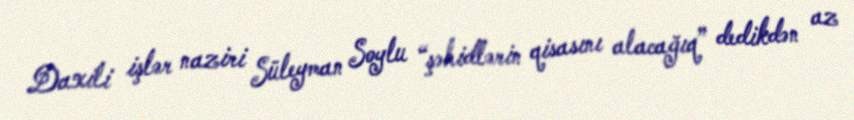
Daxili işlər naziri Süleyman Soylu “şəhidlərin qisasını alacağıq” dedikdən az